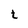
Character: t